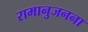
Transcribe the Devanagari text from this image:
रामानुजनना